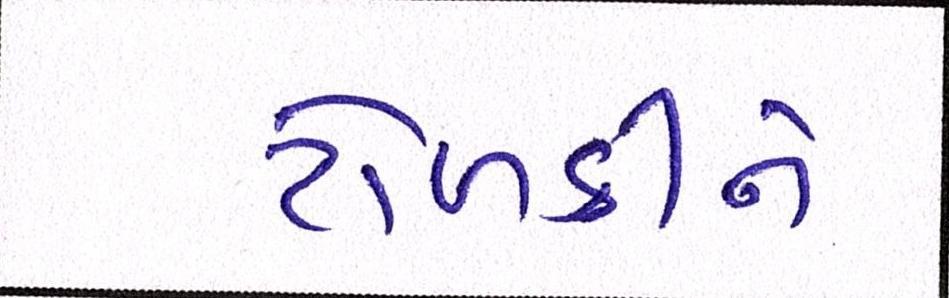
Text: ટોળકીને